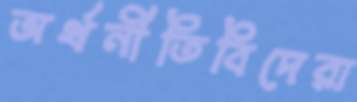
অর্থনীতিবিদেরা